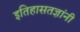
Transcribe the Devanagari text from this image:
इतिहासतज्ञांनी